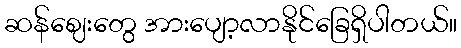
ဆန်ဈေးတွေ အားပျော့လာနိုင်ခြေရှိပါတယ်။